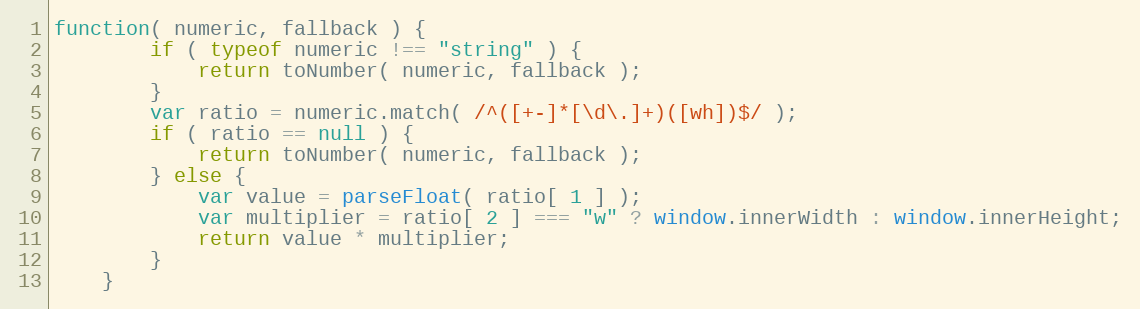
Language: JavaScript
function( numeric, fallback ) {
        if ( typeof numeric !== "string" ) {
            return toNumber( numeric, fallback );
        }
        var ratio = numeric.match( /^([+-]*[\d\.]+)([wh])$/ );
        if ( ratio == null ) {
            return toNumber( numeric, fallback );
        } else {
            var value = parseFloat( ratio[ 1 ] );
            var multiplier = ratio[ 2 ] === "w" ? window.innerWidth : window.innerHeight;
            return value * multiplier;
        }
    }